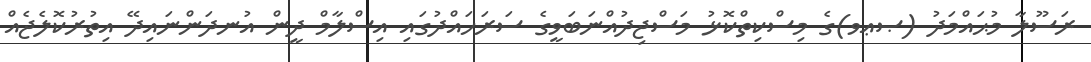
ރަސޫލާ މުޙައްމަދު (ޞޢވ)ގެ މިސްކިތްކޮޅު މަސްޖިދުއްނަބަވީގެ ސަރަހައްދުގައި އިސްލާމް ދީން އުނދަންނައިދޭ އިތުރުކޮލެޖެއް